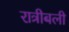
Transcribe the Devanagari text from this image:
रात्रीबली